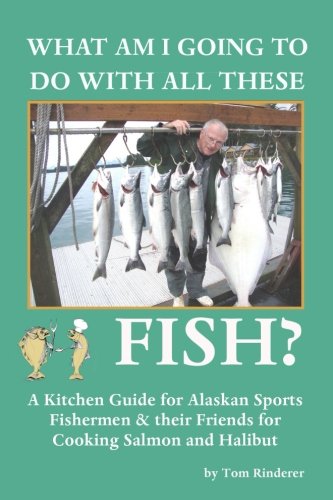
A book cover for What Am I Going To Do With All These Fish: A Kitchen Guide for Alaskan Sports Fishermen and Their Friends for Cooking Salmon and Halibut; Tom . Rinderer; Cookbooks, Food & Wine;